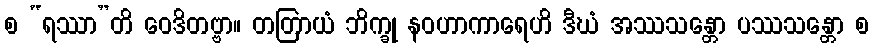
စ “ရဿာ”တိ ဝေဒိတဗ္ဗာ။ တတြာယံ ဘိက္ခု နဝဟာကာရေဟိ ဒီဃံ အဿသန္တော ပဿသန္တော စ